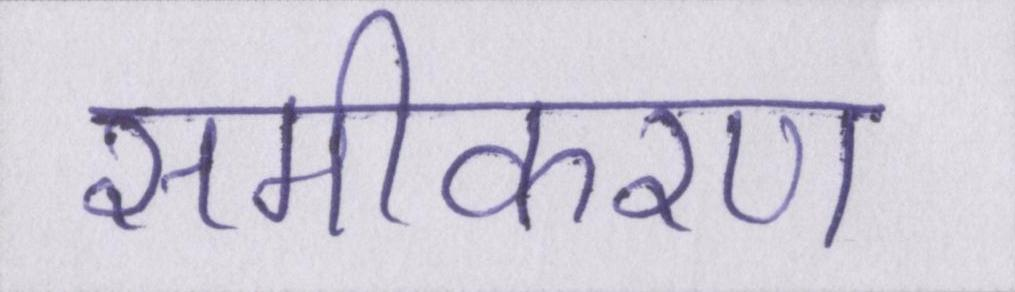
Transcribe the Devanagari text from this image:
समीकरण